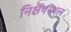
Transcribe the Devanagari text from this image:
निक्षेपस्थल